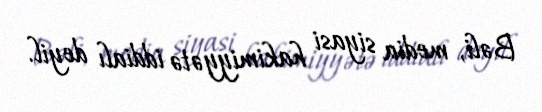
Bəli, media siyasi hakimiyyətə iddialı deyil.